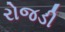
રોજડી